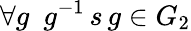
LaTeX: \forall g\ \ g^{-1}\, s\, g\in G_{2}